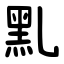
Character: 䵝